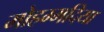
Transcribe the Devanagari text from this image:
मोहम्मदिया